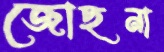
জোছনা